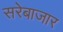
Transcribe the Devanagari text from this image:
सरेबाजार